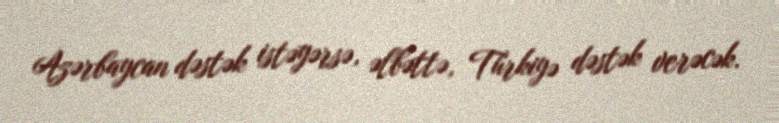
Azərbaycan dəstək istəyərsə, əlbəttə, Türkiyə dəstək verəcək.